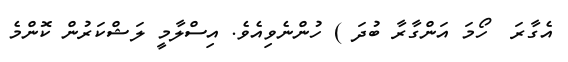
އެގާރަ  ހޯމަ އަންގާރާ ބުދަ ) ހުންނެވިއެވެ. އިސްލާމީ ލަޝްކަރުން ކޮންމެ